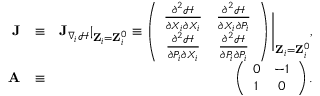
\begin{array} { r l r } { { \bf J } } & { \equiv } & { { \bf J } _ { \nabla _ { i } \mathcal { H } } | _ { { \bf Z } _ { i } = { \bf Z } _ { i } ^ { 0 } } \equiv \left( \begin{array} { c c } { \frac { \partial ^ { 2 } \mathcal { H } } { \partial X _ { i } \partial X _ { i } } } & { \frac { \partial ^ { 2 } \mathcal { H } } { \partial X _ { i } \partial P _ { i } } } \\ { \frac { \partial ^ { 2 } \mathcal { H } } { \partial P _ { i } \partial X _ { i } } } & { \frac { \partial ^ { 2 } \mathcal { H } } { \partial P _ { i } \partial P _ { i } } } \end{array} \right) \Bigg \vert _ { { \bf Z } _ { i } = { \bf Z } _ { i } ^ { 0 } } , } \\ { { \bf A } } & { \equiv } & { \left( \begin{array} { c c } { 0 } & { - 1 } \\ { 1 } & { 0 } \end{array} \right) . } \end{array}